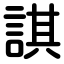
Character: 諆